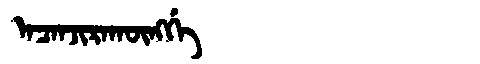
Manchu: ᠠᠴᠠᠨᠵᡳᡵᠠᡴᡡᠩᡤᡝ
Romanization: ACANJIRAKŪNGGE